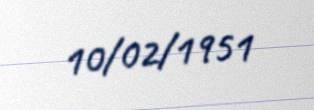
10/02/1951